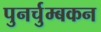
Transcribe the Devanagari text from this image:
पुनर्चुम्बकन